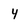
Character: 4